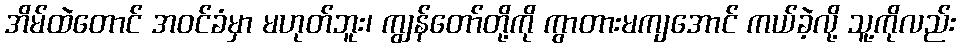
အိမ်ထဲတောင် အဝင်ခံမှာ မဟုတ်ဘူး၊ ကျွန်တော်တို့ကို ကွာတားမကျအောင် ကယ်ခဲ့လို့ သူ့ကိုလည်း